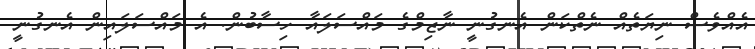
އެއްވެސް ނިޔަތެއް ނެތްކަން އެނގުނީ ނާޒިމްގެ މައްސަލައާ ހިސާބުން. އެ މައްސަލައިން އެނގުނީ